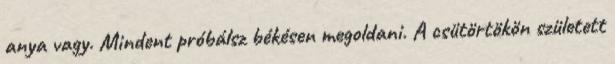
anya vagy. Mindent próbálsz békésen megoldani. A csütörtökön született